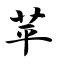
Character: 苹